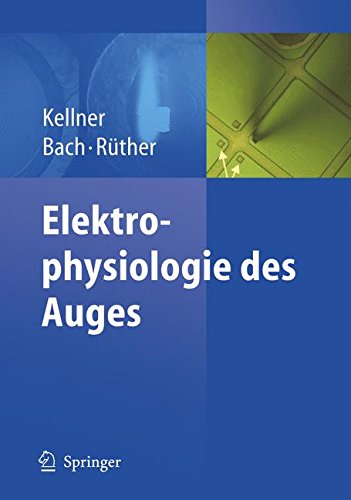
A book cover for Elektrophysiologie des Auges (German Edition); Ulrich Kellner; Medical Books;